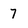
Character: 7